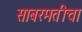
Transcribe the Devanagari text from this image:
साबरमतीचा